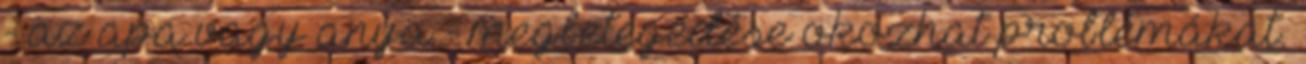
- az apa vagy anya - megbetegedése okozhat problémákat.